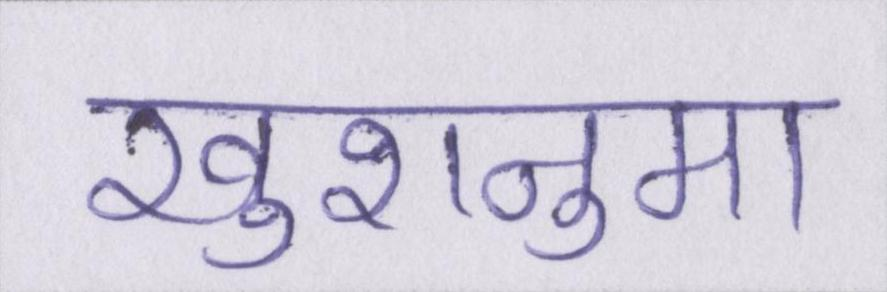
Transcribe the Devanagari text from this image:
खुशनुमा